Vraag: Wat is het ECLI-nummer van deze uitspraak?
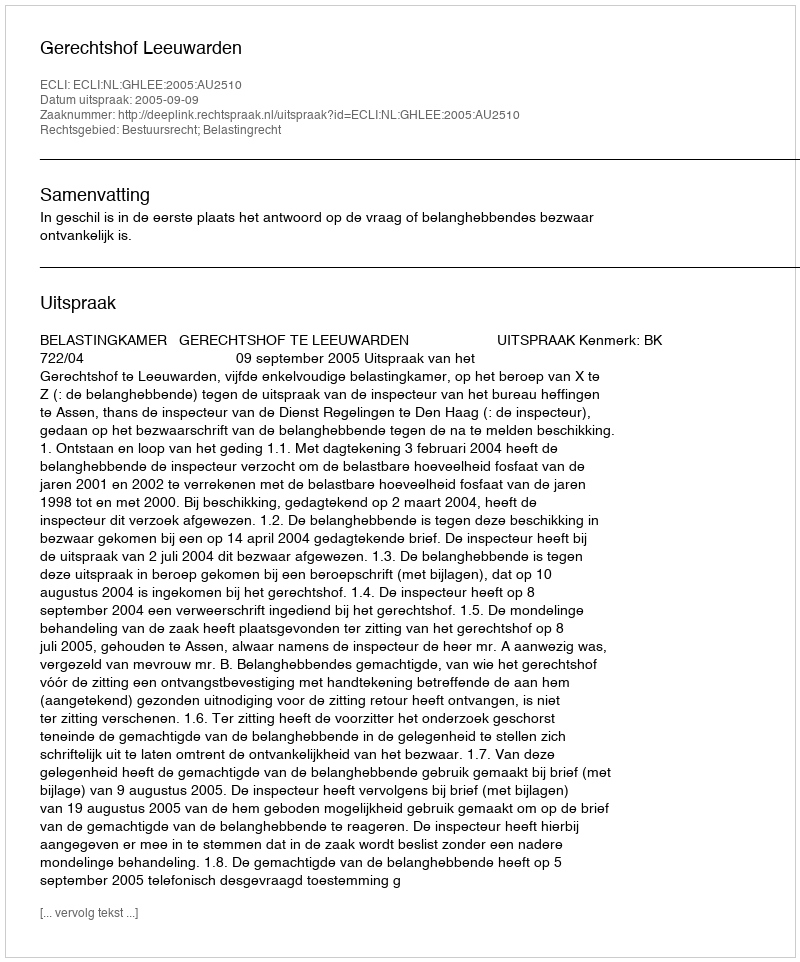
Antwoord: ECLI:NL:GHLEE:2005:AU2510